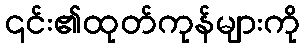
၎င်း၏ထုတ်ကုန်များကို